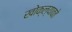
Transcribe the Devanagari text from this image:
खोक्ल्यावते